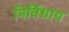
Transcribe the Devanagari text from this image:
निर्विधाय